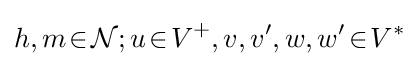
h,m\!\in \!{\mathcal {N}};u\!\in \!V^{+},v,v',w,w'\!\in \!V^{*}